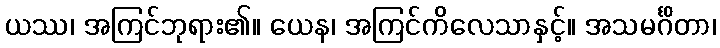
ယဿ၊ အကြင်ဘုရား၏။ ယေန၊ အကြင်ကိလေသာနှင့်။ အသမင်္ဂိတာ၊